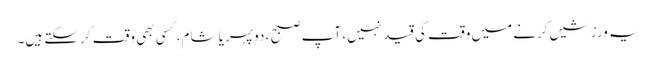
یہ ورزشیں کرنے میں وقت کی قید نہیں، آپ صبح ، دوپہر یا شام، کسی بھی وقت کر سکتے ہیں۔